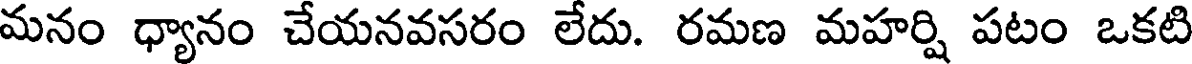
మనం ధ్యానం చేయనవసరం లేదు. రమణ మహర్షి పటం ఒకటి